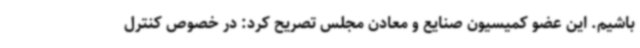
باشیم. این عضو کمیسیون صنایع و معادن مجلس تصریح کرد: در خصوص کنترل